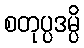
စတုပ္ပဒမ္ပိ